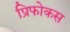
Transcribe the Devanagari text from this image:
प्रिफोकस